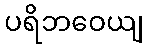
ပရိဘဝေယျ